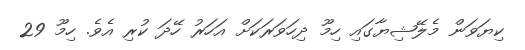
ކިޔަވަން މެލޭޝިޔާގައި ހިމޫ ދިހަވަރަކަށް އަހަރު ހޭދަ ކުރި އެވެ. ހިމޫ 29